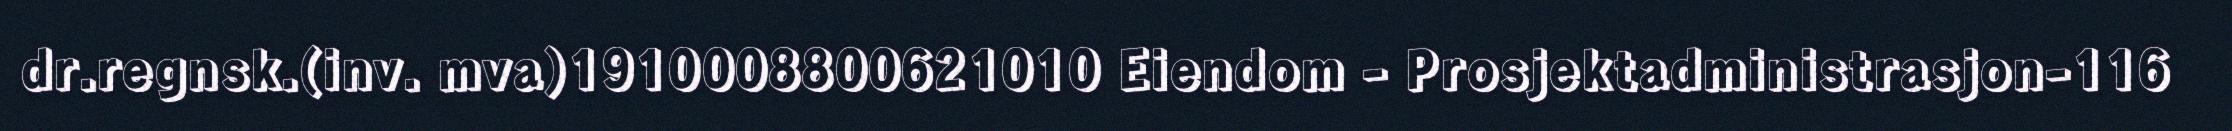
dr.regnsk.(inv. mva)1910008800621010 Eiendom - Prosjektadministrasjon-116